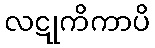
လဋုကိကာပိ